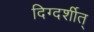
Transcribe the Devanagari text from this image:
दिग्दर्शीत्